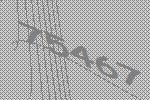
75467